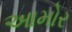
આમોર